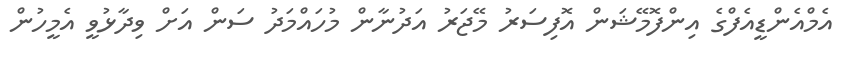
އެމްއެންޑީއެފްގެ އިންފޮމޭޝަން އޮފިސަރު މޭޖަރު އަދުނާން މުހައްމަދު ސަން އަށް ވިދާޅުވީ އެމީހުން